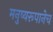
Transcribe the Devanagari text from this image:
मनुष्यरूपानेच